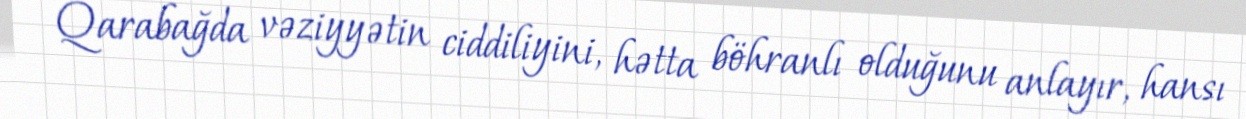
Qarabağda vəziyyətin ciddiliyini, hətta böhranlı olduğunu anlayır, hansı